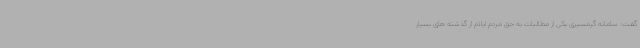
گفت: سامانه گرمسیری یکی از مطالبات به حق مردم ایلام از گذشته های بسیار